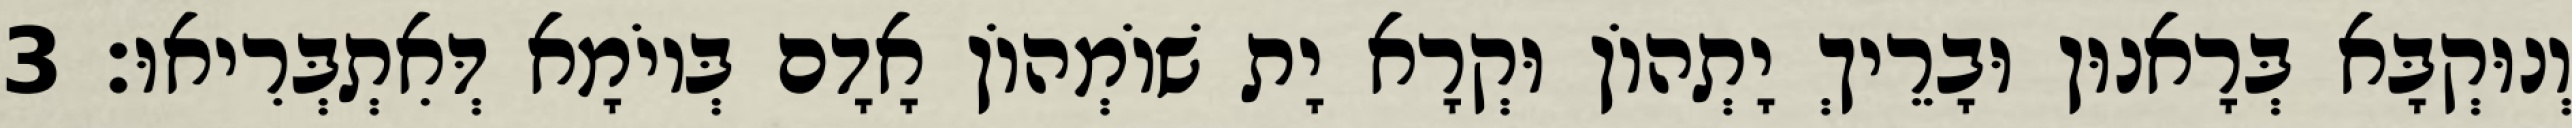
וְנוּקְבָּא בְּרָאנוּן וּבָרֵיךְ יָתְהוֹן וּקְרָא יָת שׁוֹמְהוֹן אָדָם בְּיוֹמָא דְּאִתְבְּרִיאוּ׃ 3